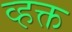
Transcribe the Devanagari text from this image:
व्हक्त